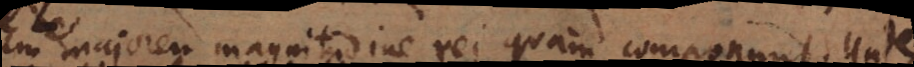
majorem magnitudine rei quam componunt. Unde